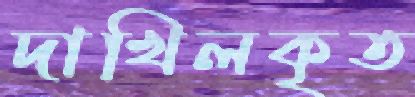
দাখিলকৃত